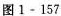
图 1-157